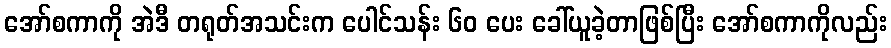
အော်စကာကို အဲဒီ တရုတ်အသင်းက ပေါင်သန်း ၆၀ ပေး ခေါ်ယူခဲ့တာဖြစ်ပြီး အော်စကာကိုလည်း